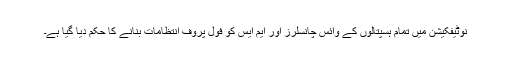
نوٹیفکیشن میں تمام ہسپتالوں کے وائس چانسلرز اور ایم ایس کو فول پروف انتظامات بنانے کا حکم دیا گیا ہے۔